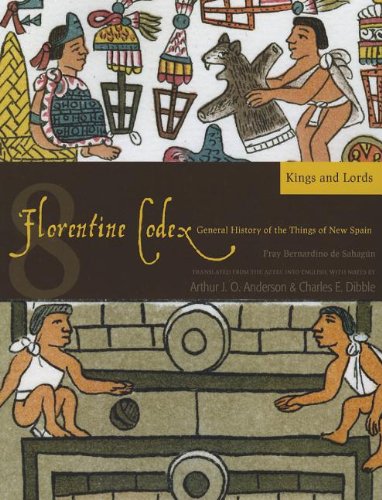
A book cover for Florentine Codex: Book 8: Book 8: Kings and Lords (Florentine Codex: General History of the Things of New Spain); Bernardino de Sahagun; History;